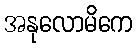
အနုလောမိကေ